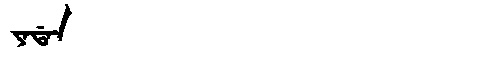
Manchu: ᠶᠠᡩᠠᠨ
Romanization: YADAN